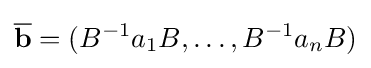
{\overline {\bf {b}}}=(B^{-1}a_{1}B,\ldots ,B^{-1}a_{n}B)